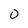
Character: 0